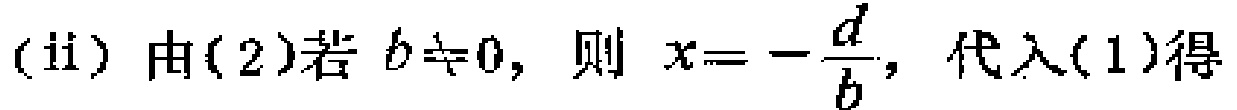
(ii) 由(2)若 \(b\neq0\)，则 \(x = -\frac{d}{b}\)，代入(1)得